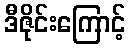
ဒီဇိုင်းကြောင့်